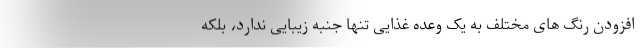
افزودن رنگ های مختلف به یک وعده غذایی تنها جنبه زیبایی ندارد، بلکه